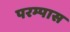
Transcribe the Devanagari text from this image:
परम्पास